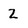
Character: 2